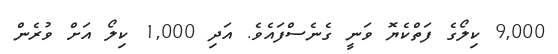
9